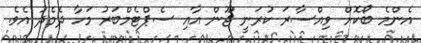
އެންމެ ބޯކޮށް ވިއްސާރަ ކުރަނީ ޖޫން އާއި ސެޕްޓެމްބަރު މަހާ ދެމެދު އެވެ.